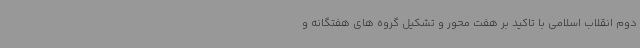
دوم انقلاب اسلامی با تاکید بر هفت محور و تشکیل گروه های هفتگانه و